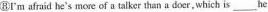
RI'm afraid he's more of a talker than a doer ,which is___he